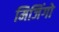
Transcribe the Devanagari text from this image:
मिजिंगो